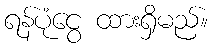
ရန်ပုံငွေ ထားရှိမည်။